Annual report of the Bengal Veterinary College and of the Civil Veterinary Department, Bengal, for the year 1911-1912 - 1911-1912
Year: 1911
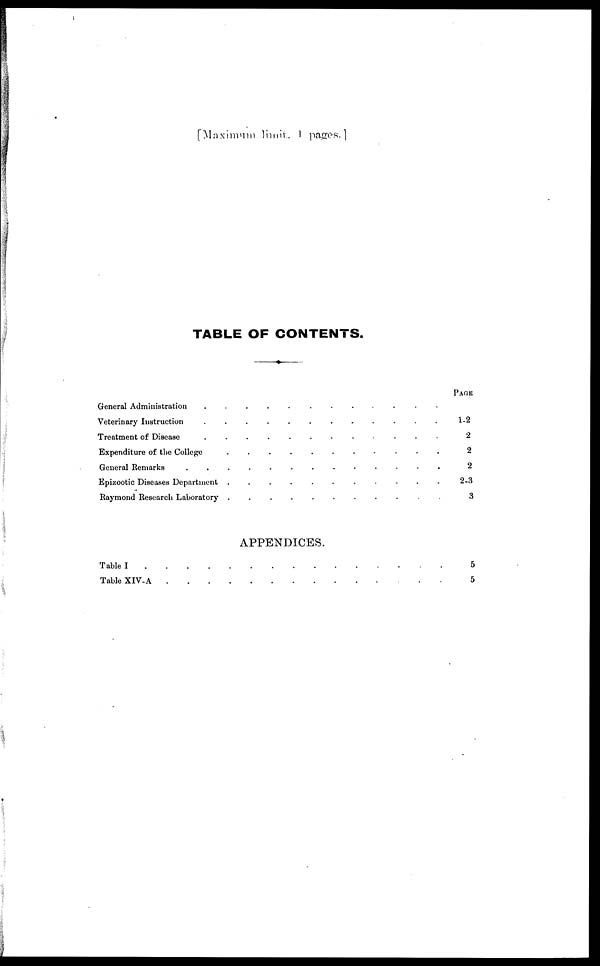
[Maximum limit,
pages.]
TABLE OF CONTENTS.
General Administration .......
Veterinary Instruction
Treatment of Disease .......
Expenditure of the College .....
General Remarks
Epizootic Diseases Department
Raymond Research Laboratory .......
APPENDICES.
Table I ......
Table XIV-A
PAGE
1-2
2
2
2
2-3
3
5
5